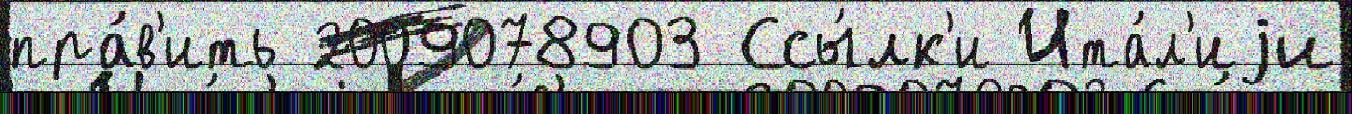
пра́в'ить 2009078903 Ссы́лк'и Ита́л'иjи